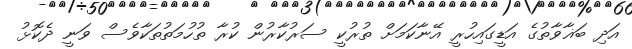
އަދި ބަޣާވާތުގެ އަޑީގައިހުރީ އޭނާކަމަށް ތުރުކީ ސަރުކާރުން ކުރާ ތުހުމަތުތަކާވެސް ވަނީ ދެކޮޅު